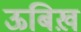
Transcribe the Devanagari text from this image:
ऊबिख़